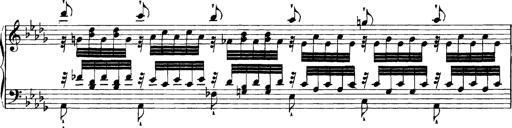
Title: Grandes Etudes
Composer: Franz Liszt